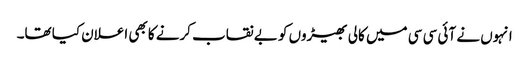
انہوں نے آئی سی سی میں کالی بھیڑوں کو بے نقاب کرنے کا بھی اعلان کیا تھا۔